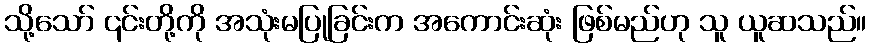
သို့သော် ၎င်းတို့ကို အသုံးမပြုခြင်းက အကောင်းဆုံး ဖြစ်မည်ဟု သူ ယူဆသည်။